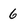
Character: 6